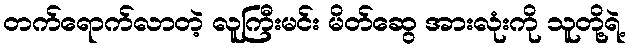
တက်ရောက်လာတဲ့ လူကြီးမင်း မိတ်ဆွေ အားလုံးကို သူတို့ရဲ့